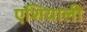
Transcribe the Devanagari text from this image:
एशियाली